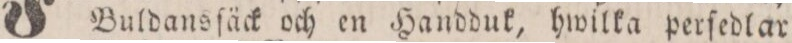
Buldansfäck och en Handduk, hwilka perſedlar